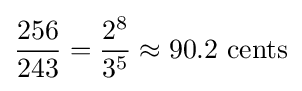
{\frac {256}{243}}={\frac {2^{8}}{3^{5}}}\approx 90.2{\text{ cents}}